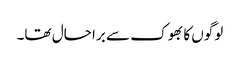
لوگوں کا بھوک سے برا حال تھا۔